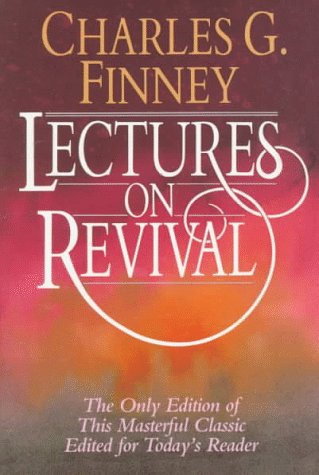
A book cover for Lectures on Revival; Charles G. Finney; Christian Books & Bibles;